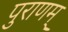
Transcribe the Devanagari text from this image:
पुराणम्‌